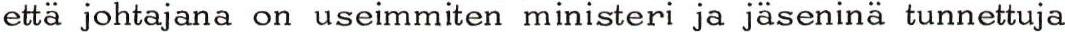
että johtajana on useimmiten ministeri ja jäseninä tunnettuja